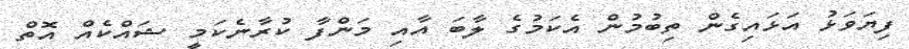
ފިޔަވަޅު އަޅައިގެން ތިބުމުން އެކަމުގެ ލާބަ އާއި މަންފާ ކުރާނެކަމީ ޝައްކެއް އޮތް